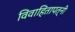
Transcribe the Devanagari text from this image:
विवाहितापत्नी